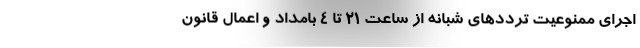
اجرای ممنوعیت ترددهای شبانه از ساعت ۲۱ تا ۴ بامداد و اعمال قانون